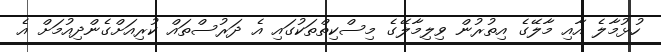
ހުޅުމާލެ އާއި މާލޭގެ އިތުރުން ވިލިމާލޭގެ މިސްކިތްތަކުގައި އެ ދަރުސްތައް ކުރިއަށްގެންދިއުމަށް އެ